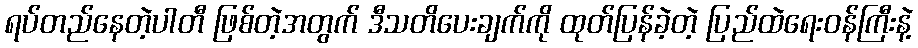
ရပ်တည်နေတဲ့ပါတီ ဖြစ်တဲ့အတွက် ဒီသတိပေးချက်ကို ထုတ်ပြန်ခဲ့တဲ့ ပြည်ထဲရေးဝန်ကြီးနဲ့